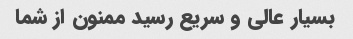
بسیار عالی و سریع رسید ممنون از شما